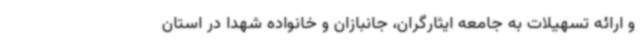
و ارائه تسهیلات به جامعه ایثارگران، جانبازان و خانواده شهدا در استان